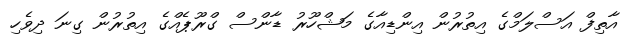
އާތިފް އަސްލަމްގެ އިތުރުން އިންޑިއާގެ މަޝްހޫރު ޑާންސް ގްރޫޕެއްގެ އިތުރުން ގިނަ ދިވެހި